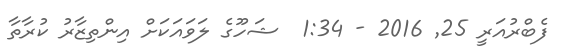
ފެބްރުއަރީ 25